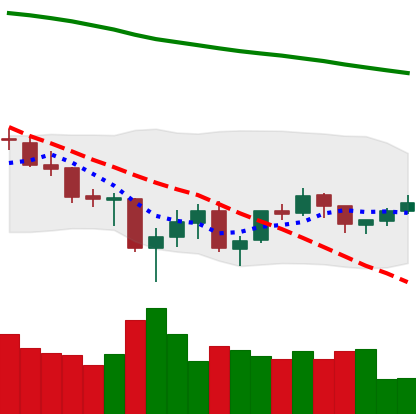
Ticker: BTC-USD
Chart end date: 2021-07-04
Forward return: -4.222%
Label: down_3_5